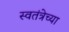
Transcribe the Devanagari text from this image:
स्वतंत्रेच्या